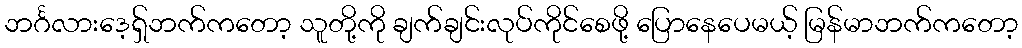
ဘင်္ဂလားဒေ့ရှ်ဘက်ကတော့ သူတို့ကို ချက်ချင်းလုပ်ကိုင်စေဖို့ ပြောနေပေမယ့် မြန်မာဘက်ကတော့